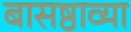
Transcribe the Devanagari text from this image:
बासष्ठाव्या